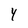
Character: Y